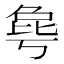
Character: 𰚋